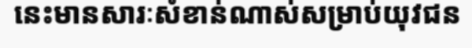
នេះមានសារៈសំខាន់ណាស់សម្រាប់យុវជន